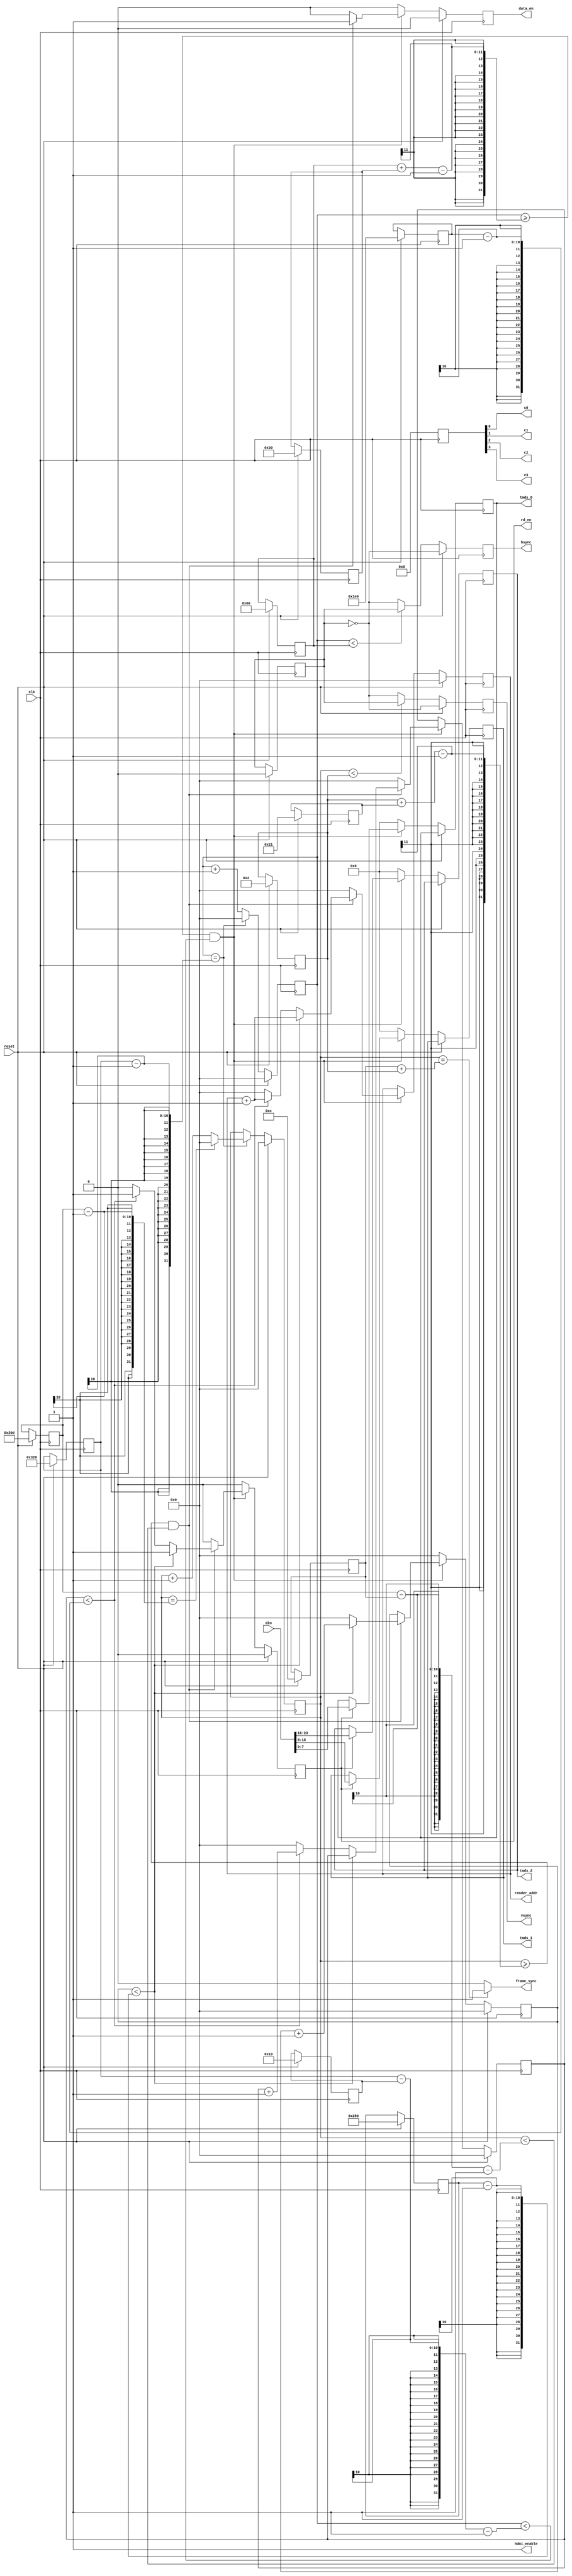
`timescale 1ns / 1ps

module hdmi_fb (
	input  clk,
	input  reset,
	output reg [7:0] tmds_0,
	output reg [7:0] tmds_1,
	output reg [7:0] tmds_2,
	output reg       hsync,
	output reg       vsync,
	output           c0,
	output           c1,
	output           c2,
	output           c3,
	output reg       data_en,
	output           hdmi_enable,


	output reg [9:0] render_addr,

	output           frame_sync,
	output reg       rd_en,
	input     [31:0] din
	
);

	reg sync_pol;

	reg vsync_begin;
	reg vsync_end;

	reg [9:0] hcount;
	reg [9:0] vcount;

	reg [9:0] hsync_len;
	reg [9:0] vsync_len;
	reg [9:0] htotal;
	reg [9:0] vtotal;
	reg [9:0] hfp_len;
	reg [9:0] vfp_len;
	reg [9:0] hbp_len;
	reg [9:0] vbp_len;
	reg [9:0] hres;
	reg [9:0] vres;

	reg [9:0] xpos;
	reg [9:0] ypos;

	reg [3:0] ctrl;


	assign hdmi_enable = 1;

	assign frame_sync = (vcount == vbp_len + vsync_len) ? 1 : 0;

	assign c0 = ctrl[0];
	assign c1 = ctrl[1];
	assign c2 = ctrl[2];
	assign c3 = ctrl[3];

	always @(posedge clk) begin
		if(reset) begin
			sync_pol  <= 0;
			hcount    <= 0;
			vcount    <= 0;
			htotal    <= 800;
			vtotal    <= 525;
			hsync_len <= 96;
			vsync_len <= 2;
			hfp_len   <= 48;
			vfp_len   <= 33;
			hbp_len   <= 16;
			vbp_len   <= 12;
			hres      <= 640;
			vres      <= 480;
		end else begin
			if(hcount == htotal - 1) begin       //End of line
				hcount <= 0;

				if(vcount == vtotal - 1) begin    //End of frame
					vcount <= 0;
				end else begin
					vcount <= vcount + 1;
				end

			end else begin
				hcount <= hcount + 1;
			end
		end
	end

	//Timing signal generation
	always @(posedge clk) begin
		if(reset) begin
			hsync <= ~sync_pol;
		end else begin
			if(hcount < hsync_len) begin
	           		hsync <= sync_pol;
			end else begin
				hsync <= ~sync_pol;
			end
		end
	end

	always @(posedge clk) begin
		if(reset) begin
			vsync <= ~sync_pol;
			vsync_begin <= 0;
			vsync_end <= 0;
		end else begin
			if(vcount < vsync_len) begin
				if(vsync != sync_pol) begin
				    vsync_begin <= 1;
				end else begin
				    vsync_begin <= 0;
				end
				
				vsync <= sync_pol;

			end else begin
        
				if(vsync == sync_pol) begin
				    vsync_end <= 1;
				end else begin
				    vsync_end <= 0;
				end
				
				vsync <= ~sync_pol;
			end
		end
	end

	always @(posedge clk) begin
		if(reset) begin
			xpos        <= 0;
			ypos        <= 0;
			render_addr <= 0;
			data_en     <= 0;
			rd_en       <= 0;
			ctrl        <= 0;
		end else begin
			ctrl        <= 0;

			if(rd_en) begin
				tmds_0 <= din[7:0];
				tmds_1 <= din[15:8];
				tmds_2 <= din[23:16];
			end

//			//Active video section of horizontal scan
//			if((hcount >= hsync_len + hfp_len - 1) & (hcount < htotal - hbp_len - 1)) begin
//
//				//Active video section of vertical scan
//				if((vcount > vsync_len + vfp_len - 1) & (vcount < vtotal - vbp_len - 1)) begin

			//Active video section of horizontal scan
			if((hcount >= hsync_len + hfp_len - 1) & (hcount < htotal - hbp_len - 1)) begin

				//Active video section of vertical scan
				if((vcount >= vsync_len + vfp_len - 1) & (vcount < vtotal - vbp_len - 1)) begin

					data_en <= 1;
					rd_en   <= 1;

					if(xpos < (hres - 1)) begin
						xpos        <= xpos + 1;
						render_addr <= render_addr + 1;
					end else begin
						xpos <= 0;

						if(ypos < (vres - 1)) begin
							ypos        <= ypos + 1;
							render_addr <= render_addr + 1;
						end else begin
							ypos        <= 0;
							render_addr <= 0;
							rd_en       <= 0;
						end
					end


				end else begin
					render_addr <= 0;
					data_en     <= 0; 
					rd_en       <= 0;
					ypos        <= 0;

				end

			end else begin
				xpos    <= 0;
				data_en <= 0;
				rd_en   <= 0;

				tmds_0 <= 0;
				tmds_1 <= 0;
				tmds_2 <= 0;
			end
		end
	end

endmodule